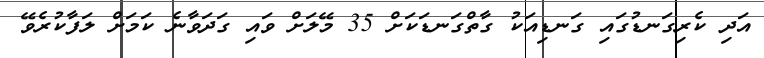
އަދި ކެރިގަނޑުގައި ގަނޑިއަކު ގާތްގަނޑަކަށް 35 މޭލަށް ވައި ގަދަވާނެ ކަމަށް ލަފާކުރެވޭ